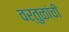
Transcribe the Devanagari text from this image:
वर्तुळांची